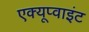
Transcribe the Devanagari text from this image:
एक्यूप्वाइंट